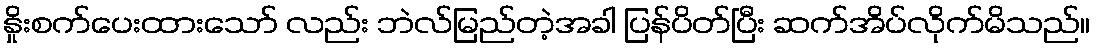
နှိုးစက်ပေးထားသော် လည်း ဘဲလ်မြည်တဲ့အခါ ပြန်ပိတ်ပြီး ဆက်အိပ်လိုက်မိသည်။